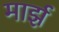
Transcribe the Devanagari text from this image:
मार्झ